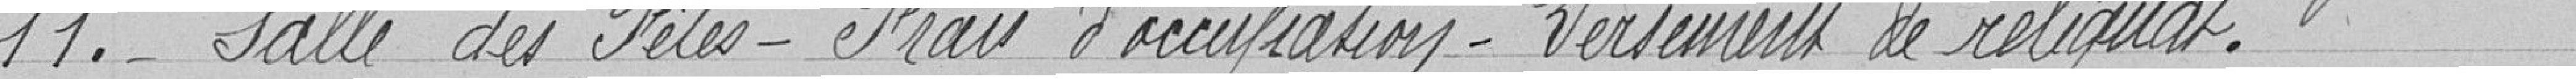
11. - Salle des fêtes - Frais d'occupation - Versement de reliquat.